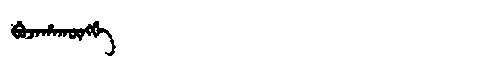
Manchu: ᠪᡠᠵᠠᡥᠠᡴᡡᠩᡤᡝ
Romanization: BUJAHAKŪNGGE